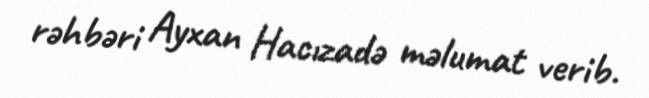
rəhbəri Ayxan Hacızadə məlumat verib.